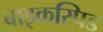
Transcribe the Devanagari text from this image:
बाइकस्पिड